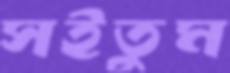
সইতুম